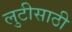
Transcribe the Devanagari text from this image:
लुटीसाठी